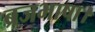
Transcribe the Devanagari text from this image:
ब्रजभाषा।